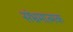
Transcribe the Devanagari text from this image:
संभ्रमात्मक